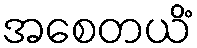
အစေတယိံ